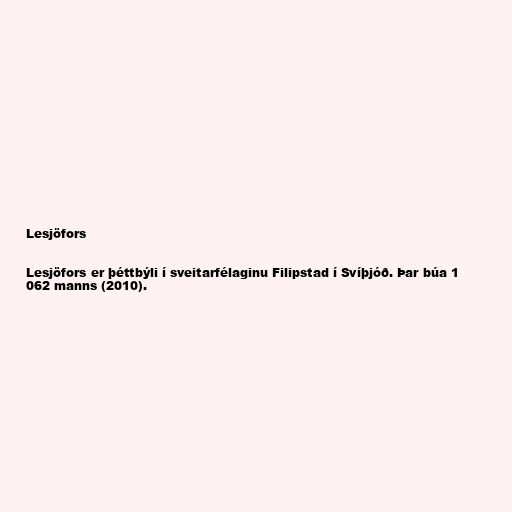
Lesjöfors

Lesjöfors er þéttbýli í sveitarfélaginu Filipstad í Svíþjóð. Þar búa 1
062 manns (2010).